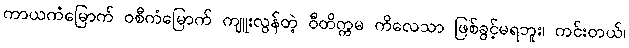
ကာယကံမြောက် ဝစီကံမြောက် ကျူးလွန်တဲ့ ဝီတိက္ကမ ကိလေသာ ဖြစ်ခွင့်မရဘူး၊ ကင်းတယ်၊